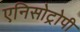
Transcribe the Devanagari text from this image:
एनिसोट्रोपी